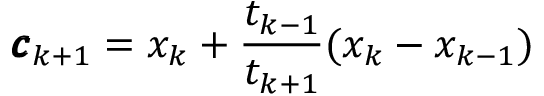
{ \pmb { c } } _ { k + 1 } = x _ { k } + \frac { t _ { k - 1 } } { t _ { k + 1 } } ( x _ { k } - x _ { k - 1 } )